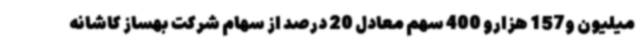
میلیون و157 هزارو 400 سهم معادل 20 درصد از سهام شرکت بهساز کاشانه